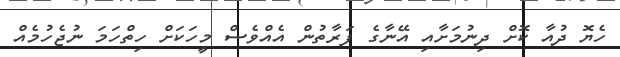
ހެޔޮ ދުއާ ކޮށް ދިނުމަށާއި އޭނާގެ ފަރާތުން އެއްވެސް މީހަކަށް ހިތްހަމަ ނުޖެހުމެއް